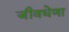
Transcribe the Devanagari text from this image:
जीवधेणा